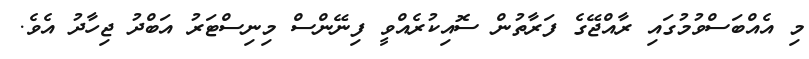
މި އެއްބަސްވުމުގައި ރާއްޖޭގެ ފަރާތުން ސޮއިކުރެއްވީ ފިނޭންސް މިނިސްޓަރު އަބްދު ޖިހާދު އެވެ.